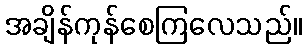
အချိန်ကုန်စေကြလေသည်။